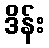
ဒိန်း